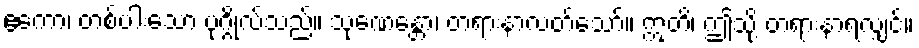
ဧကော၊ တစ်ပါးသော ပုဂ္ဂိုလ်သည်။ သုဏေန္တော၊ တရားနာလတ်သော်။ ဣတိ၊ ဤသို့ တရားနာရလျှင်။